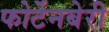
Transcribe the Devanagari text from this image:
फोर्टेनबेरी